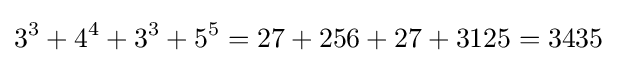
3^{3}+4^{4}+3^{3}+5^{5}=27+256+27+3125=3435